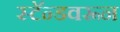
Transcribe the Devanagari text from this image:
स्टॅन्डवरून